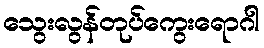
သွေးလွန်တုပ်ကွေးရောဂါ